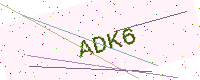
Text: ADK6